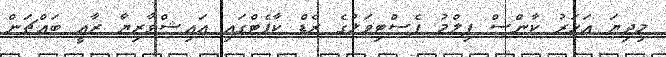
މިދިޔަ އަހަރު ކާންސް ފިލްމު ފެސްޓިވަލުގެ ރެޑް ކާޕެޓްގައި އައިޝްވާރިޔާ ރާއީ ބައްޗަން